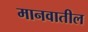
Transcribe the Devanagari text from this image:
मानवातील